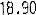
18.90